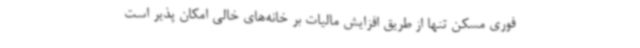
فوری مسکن تنها از طریق افزایش مالیات بر خانه‌های خالی امکان پذیر است